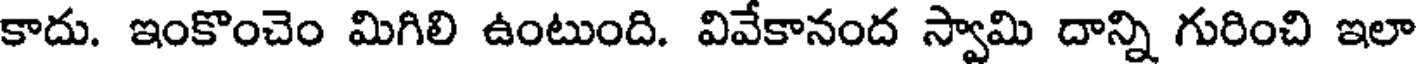
కాదు. ఇంకొంచెం మిగిలి ఉంటుంది. వివేకానంద స్వామి దాన్ని గురించి ఇలా